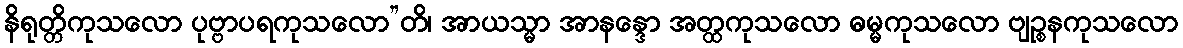
နိရုတ္တိကုသလော ပုဗ္ဗာပရကုသလော”တိ၊ အာယသ္မာ အာနန္ဒော အတ္ထကုသလော ဓမ္မကုသလော ဗျဉ္စနကုသလော